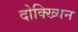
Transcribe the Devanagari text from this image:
दोक्ख्यिन